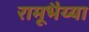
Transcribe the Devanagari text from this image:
रामूभैय्या